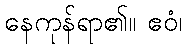
နေကုန်ရာ၏။ ဧဝံ၊